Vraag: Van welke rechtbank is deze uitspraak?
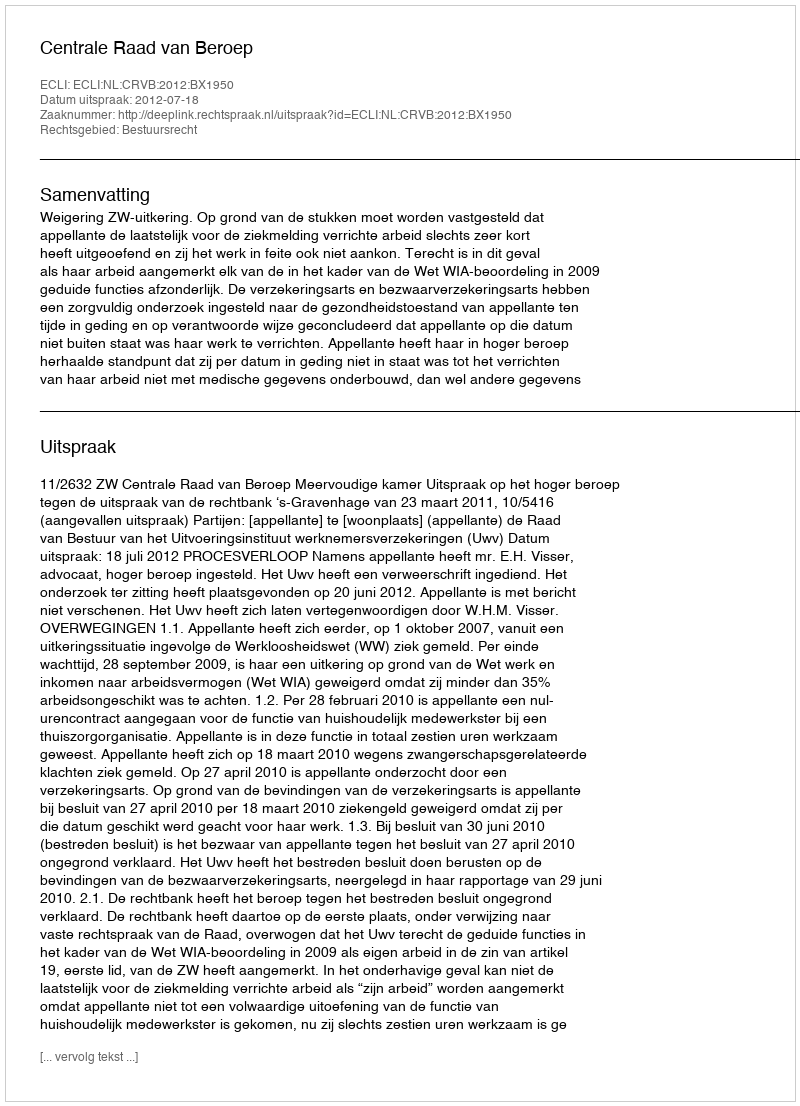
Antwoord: Centrale Raad van Beroep